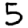
Digit: 5